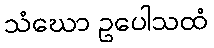
သံဃော ဥပေါသထံ